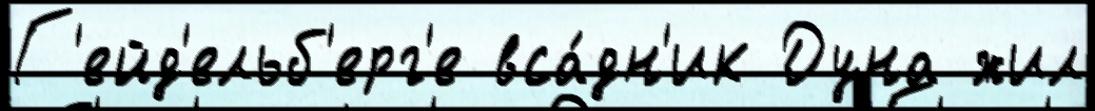
Г'ейд'ельб'ерг'е вса́дн'ик Дуна жил